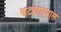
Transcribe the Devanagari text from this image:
झटणाऱ्यास